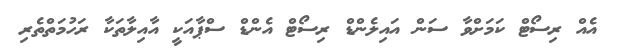
އެއް ރިސޯޓް ކަމަށްވާ ސަން އައިލެންޑް ރިސޯޓް އެންޑް ސްޕާއަކީ އާއިލާތަކާ ރަހުމަތްތެރި